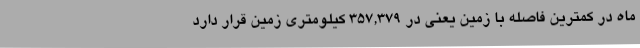
ماه در کمترین فاصله با زمین یعنی در ۳۵۷,۳۷۹ کیلومتری زمین قرار دارد